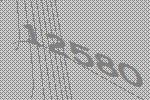
12580